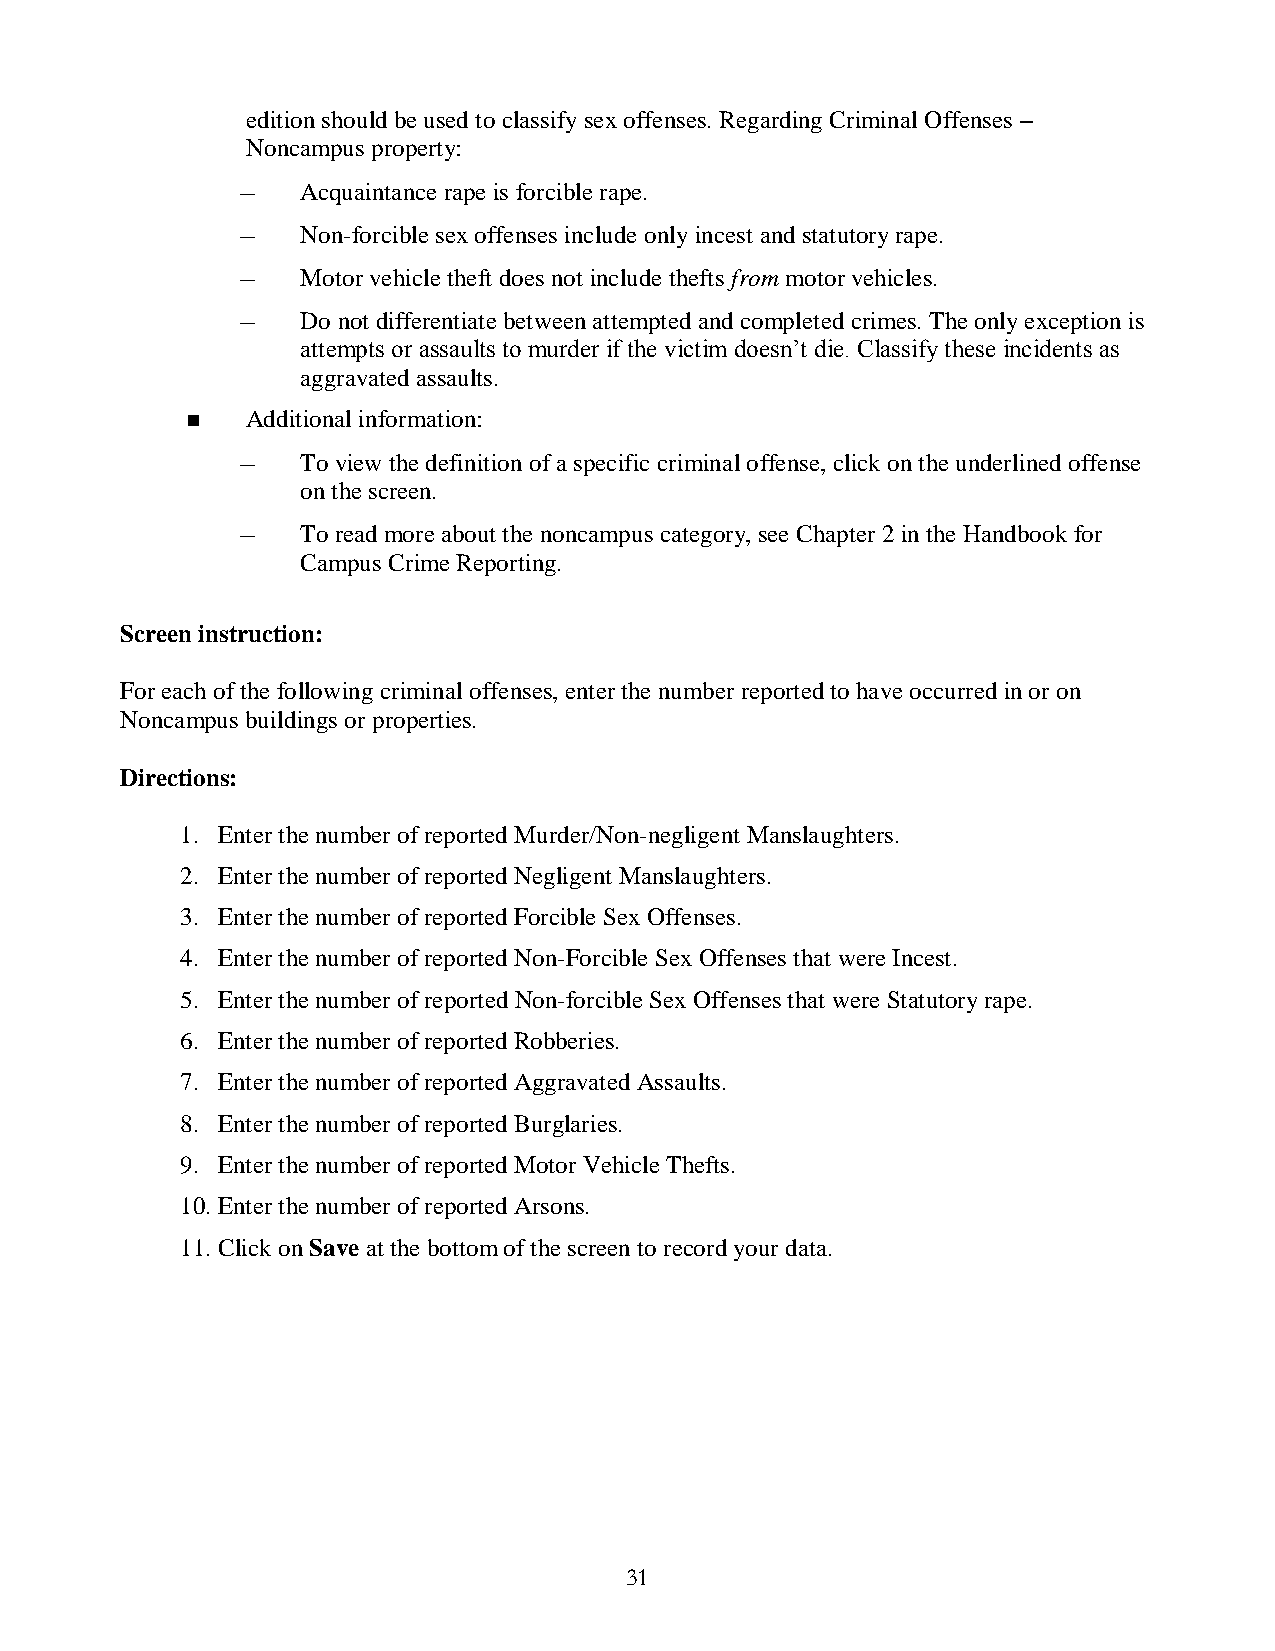
edition should be used to classify sex offenses. Regarding Criminal Offenses –
 Noncampus property:
 –   Acquaintance rape is forcible rape.
 –   Non-forcible sex offenses include only incest and statutory rape.
 –   Motor vehicle theft does not include thefts from motor vehicles.
 –   Do not differentiate between attempted and completed crimes. The only exception is
 attempts or assaults to murder if the victim doesn’t die. Classify these incidents as
 aggravated assaults.
    Additional information:
 –   To view the definition of a specific criminal offense, click on the underlined offense
 on the screen.
 –   To read more about the noncampus category, see Chapter 2 in the Handbook for
 Campus Crime Reporting.
 Screen instruction:
 For each of the following criminal offenses, enter the number reported to have occurred in or on
 Noncampus buildings or properties.
 Directions:
 1. Enter the number of reported Murder/Non-negligent Manslaughters.
 2. Enter the number of reported Negligent Manslaughters.
 3. Enter the number of reported Forcible Sex Offenses.
 4. Enter the number of reported Non-Forcible Sex Offenses that were Incest.
 5. Enter the number of reported Non-forcible Sex Offenses that were Statutory rape.
 6. Enter the number of reported Robberies.
 7. Enter the number of reported Aggravated Assaults.
 8. Enter the number of reported Burglaries.
 9. Enter the number of reported Motor Vehicle Thefts.
 10. Enter the number of reported Arsons.
 11. Click on Save at the bottom of the screen to record your data.
 31